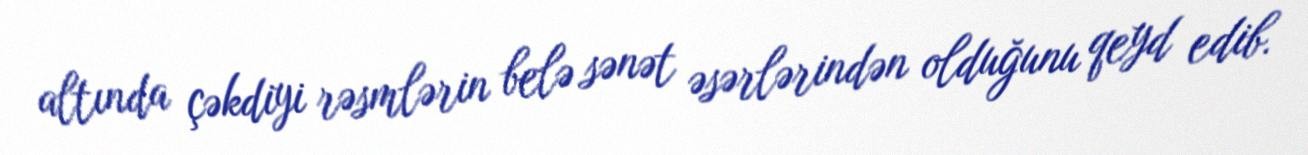
altında çəkdiyi rəsmlərin belə sənət əsərlərindən olduğunu qeyd edib.